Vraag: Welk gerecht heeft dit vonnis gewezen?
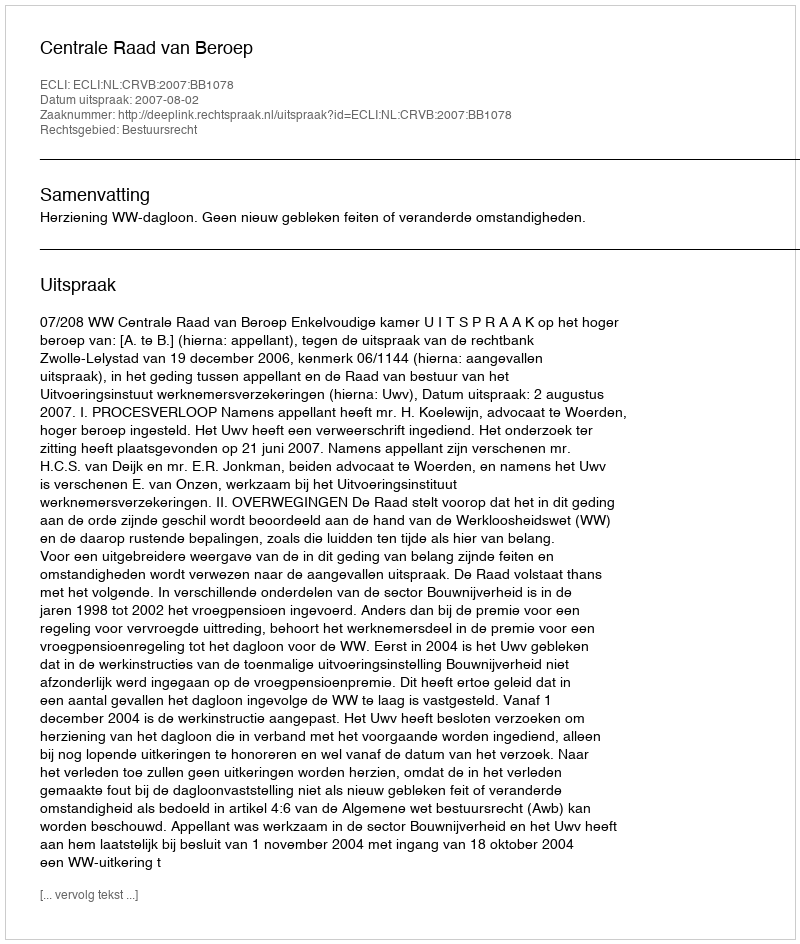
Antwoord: Centrale Raad van Beroep